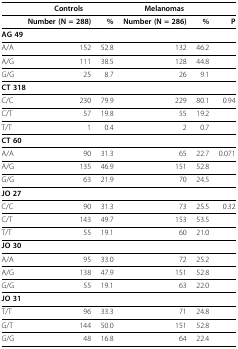
<table><thead><tr><td>[EMPTY_CELL]</td><td colspan="2"><b>Controls</b></td><td colspan="2"><b>Melanomas</b></td><td>[EMPTY_CELL]</td></tr></thead><tbody><tr><td>[EMPTY_CELL]</td><td><b>Number (N = 288)</b></td><td><b>%</b></td><td><b>Number (N = 286)</b></td><td><b>%</b></td><td><b>P</b></td></tr><tr><td colspan="6"><b>AG 49</b></td></tr><tr><td>A/A</td><td>152</td><td>52.8</td><td>132</td><td>46.2</td><td>[EMPTY_CELL]</td></tr><tr><td>A/G</td><td>111</td><td>38.5</td><td>128</td><td>44.8</td><td>[EMPTY_CELL]</td></tr><tr><td>G/G</td><td>25</td><td>8.7</td><td>26</td><td>9.1</td><td>[EMPTY_CELL]</td></tr><tr><td colspan="6"><b>CT 318</b></td></tr><tr><td>C/C</td><td>230</td><td>79.9</td><td>229</td><td>80.1</td><td>0.94</td></tr><tr><td>C/T</td><td>57</td><td>19.8</td><td>55</td><td>19.2</td><td>[EMPTY_CELL]</td></tr><tr><td>T/T</td><td>1</td><td>0.4</td><td>2</td><td>0.7</td><td>[EMPTY_CELL]</td></tr><tr><td colspan="6"><b>CT 60</b></td></tr><tr><td>A/A</td><td>90</td><td>31.3</td><td>65</td><td>22.7</td><td>0.071</td></tr><tr><td>A/G</td><td>135</td><td>46.9</td><td>151</td><td>52.8</td><td>[EMPTY_CELL]</td></tr><tr><td>G/G</td><td>63</td><td>21.9</td><td>70</td><td>24.5</td><td>[EMPTY_CELL]</td></tr><tr><td colspan="6"><b>JO 27</b></td></tr><tr><td>C/C</td><td>90</td><td>31.3</td><td>73</td><td>25.5</td><td>0.32</td></tr><tr><td>C/T</td><td>143</td><td>49.7</td><td>153</td><td>53.5</td><td>[EMPTY_CELL]</td></tr><tr><td>T/T</td><td>55</td><td>19.1</td><td>60</td><td>21.0</td><td>[EMPTY_CELL]</td></tr><tr><td colspan="6"><b>JO 30</b></td></tr><tr><td>A/A</td><td>95</td><td>33.0</td><td>72</td><td>25.2</td><td>[EMPTY_CELL]</td></tr><tr><td>A/G</td><td>138</td><td>47.9</td><td>151</td><td>52.8</td><td>[EMPTY_CELL]</td></tr><tr><td>G/G</td><td>55</td><td>19.1</td><td>63</td><td>22.0</td><td>[EMPTY_CELL]</td></tr><tr><td colspan="6"><b>JO 31</b></td></tr><tr><td>T/T</td><td>96</td><td>33.3</td><td>71</td><td>24.8</td><td>[EMPTY_CELL]</td></tr><tr><td>G/T</td><td>144</td><td>50.0</td><td>151</td><td>52.8</td><td>[EMPTY_CELL]</td></tr><tr><td>G/G</td><td>48</td><td>16.8</td><td>64</td><td>22.4</td><td>[EMPTY_CELL]</td></tr></tbody></table>